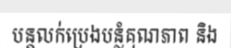
បន្តលក់ប្រេងបន្លំគុណភាព និង